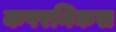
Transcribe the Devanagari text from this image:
कपरनिकस